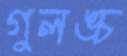
গুলঙ্চ